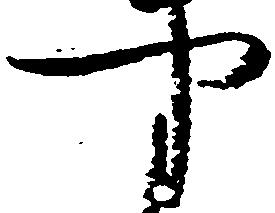
や